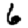
Digit: 6